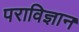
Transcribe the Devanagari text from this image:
पराविज्ञान